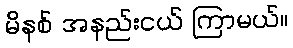
မိနစ် အနည်းငယ် ကြာမယ်။